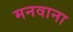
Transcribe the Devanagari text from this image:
मनवाना